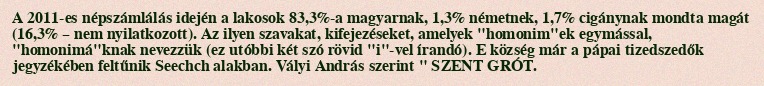
A 2011-es népszámlálás idején a lakosok 83,3%-a magyarnak, 1,3% németnek, 1,7% cigánynak mondta magát (16,3% – nem nyilatkozott). Az ilyen szavakat, kifejezéseket, amelyek "homonim"ek egymással, "homonimá"knak nevezzük (ez utóbbi két szó rövid "i"-vel írandó). E község már a pápai tizedszedők jegyzékében feltűnik Seechch alakban. Vályi András szerint " SZENT GRÓT.